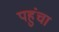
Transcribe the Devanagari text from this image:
पहुुंचा